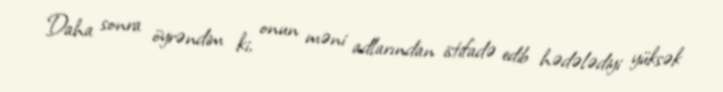
Daha sonra öyrəndim ki, onun məni adlarından istifadə edib hədələdiyi yüksək